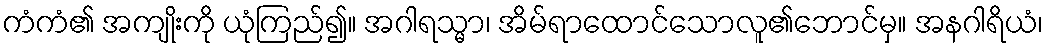
ကံကံ၏ အကျိုးကို ယုံကြည်၍။ အဂါရသ္မာ၊ အိမ်ရာထောင်သောလူ၏ဘောင်မှ။ အနဂါရိယံ၊